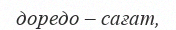
доредо – сағат,